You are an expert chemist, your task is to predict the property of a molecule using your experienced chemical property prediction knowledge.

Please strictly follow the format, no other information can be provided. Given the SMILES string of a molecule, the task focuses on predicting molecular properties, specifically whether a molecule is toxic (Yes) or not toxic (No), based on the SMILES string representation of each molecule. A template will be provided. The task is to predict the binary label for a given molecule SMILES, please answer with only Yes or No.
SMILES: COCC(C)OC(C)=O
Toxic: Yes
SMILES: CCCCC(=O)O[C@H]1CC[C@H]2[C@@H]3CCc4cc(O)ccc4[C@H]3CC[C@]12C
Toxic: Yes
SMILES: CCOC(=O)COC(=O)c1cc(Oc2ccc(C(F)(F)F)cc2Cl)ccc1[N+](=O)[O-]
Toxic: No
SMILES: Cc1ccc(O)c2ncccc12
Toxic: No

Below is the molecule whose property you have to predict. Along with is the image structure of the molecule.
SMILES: CCOCCn1c(N2CCCN(C)CC2)nc2ccccc21
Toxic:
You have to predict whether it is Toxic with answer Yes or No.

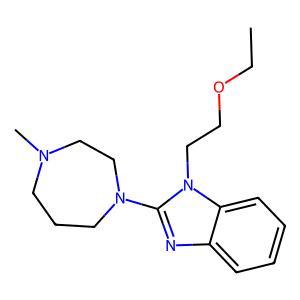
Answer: No